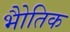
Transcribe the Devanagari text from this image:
भोैतिक